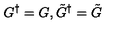
G ^ { \dagger } = G , \tilde { G } ^ { \dagger } = \tilde { G }